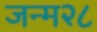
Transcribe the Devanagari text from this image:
जन्म२८